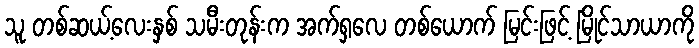
သူ တစ်ဆယ့်လေးနှစ် သမီးတုန်းက အက်ရှလေ တစ်ယောက် မြင်းဖြင့် မြိုင်သာယာကို